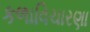
કળાવિચારણા